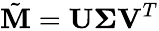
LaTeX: \tilde{\mathbf{M}}=\mathbf{U}\boldsymbol{\Sigma}\mathbf{V}^{T}